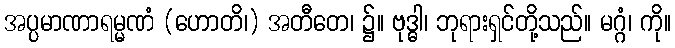
အပ္ပမာဏာရမ္မဏံ (ဟောတိ၊) အတီတေ၊ ၌။ ဗုဒ္ဓါ၊ ဘုရားရှင်တို့သည်။ မဂ္ဂံ၊ ကို။